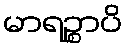
မာရဉ္စာပိ